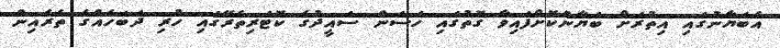
އެބަޔާނުގައި އިތުރަށް ބަޔާންކޮށްފައިވާ ގޮތުގައި ހަސަން ސައީދުގެ ކޮޓަރިތެރޭގައި ހުރި ދަބަހެއްގެ ތެރެއިން